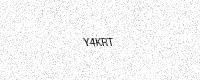
Text: Y4KRT